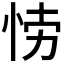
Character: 𭜲